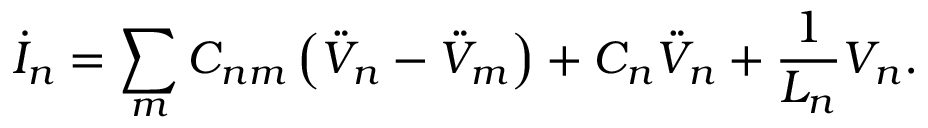
\dot { I } _ { n } = \sum _ { m } C _ { n m } \left( \ddot { V } _ { n } - \ddot { V } _ { m } \right) + C _ { n } \ddot { V } _ { n } + \frac { 1 } { L _ { n } } V _ { n } .